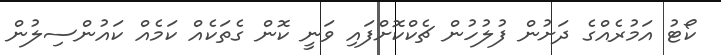
ކޯޓު އަމުރެއްގެ ދަށުން ފުލުހުން ޗެކްކޮށްފައި ވަނީ ކޮން ގެތަކެއް ކަމެއް ކައުންސިލުން